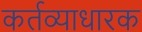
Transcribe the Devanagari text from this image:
कर्तव्याधारक